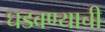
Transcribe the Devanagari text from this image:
घडवण्याची